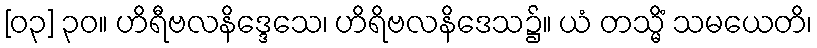
[၀၃] ၃၀။ ဟိရီဗလနိဒ္ဒေသေ၊ ဟိရိဗလနိဒေသ၌။ ယံ တသ္မိံ သမယေတိ၊